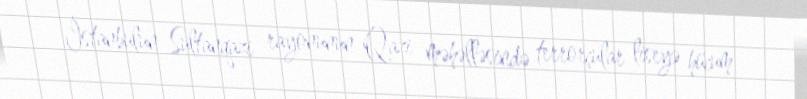
İstanbulun Sultanqazi rayonunun Qazi məhəlləsində terrorçular liseyə hücum